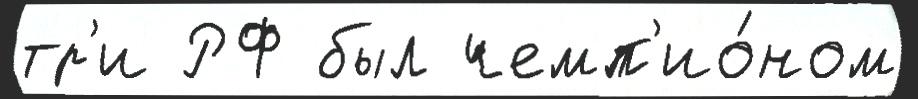
тр'и РФ был чемп'ио́ном